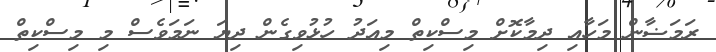
ރަމަޟާން މަހާއި ދިމާކޮށް މިސްކިތް މިއަދު ހުޅުވިގެން ދިޔަ ނަމަވެސް މި މިސްކިތް